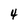
Character: 4